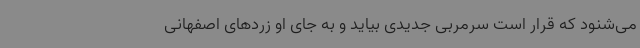
می‌شنود که قرار است سرمربی جدیدی بیاید و به جای او زردهای اصفهانی